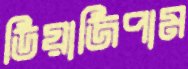
ডিয়াজিপাম